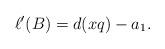
LaTeX: \begin{align*} \ell'(B)=d(xq)-a_1. \end{align*}